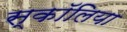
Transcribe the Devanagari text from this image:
स्कॉलिया